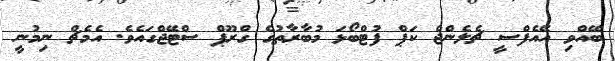
ބޭއްވި އޭއެފްސީ ޗެލެންޖް ކަޕް ފުޓްބޯޅަ މުބާރާތުގެ ގްރޫޕް ސްޓޭޖްގައެވެ. އެމެޗް ނިމުނީ